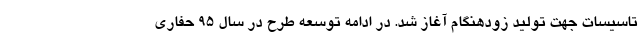
تاسیسات جهت تولید زودهنگام آغاز شد. در ادامه توسعه طرح در سال 95 حفاری